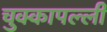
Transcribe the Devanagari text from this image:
चुक्कापल्ली